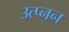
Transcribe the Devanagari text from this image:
उत्प्नन